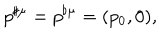
LaTeX: p ^ { \sharp \mu } = p ^ { \flat \mu } = ( p _ { 0 } , 0 ) ,